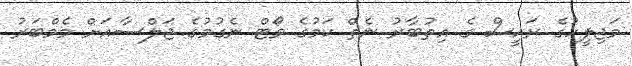
މަޖިލީހުގެ ރައީސް ގެ އިތުބާރު ނެތް ކަމުގެ ވޯޓް ނެގުމުގެ ޖަލްސާއަށް މެމްބަރު